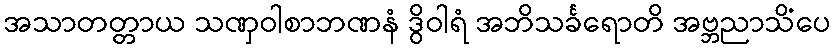
အသာတတ္တာယ သဏှဝါစာဘဏနံ ဒွိဝါရံ အဘိသင်္ခရောတိ အဗ္ဘညာသိံပေ